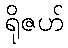
ရိုဇဟ်